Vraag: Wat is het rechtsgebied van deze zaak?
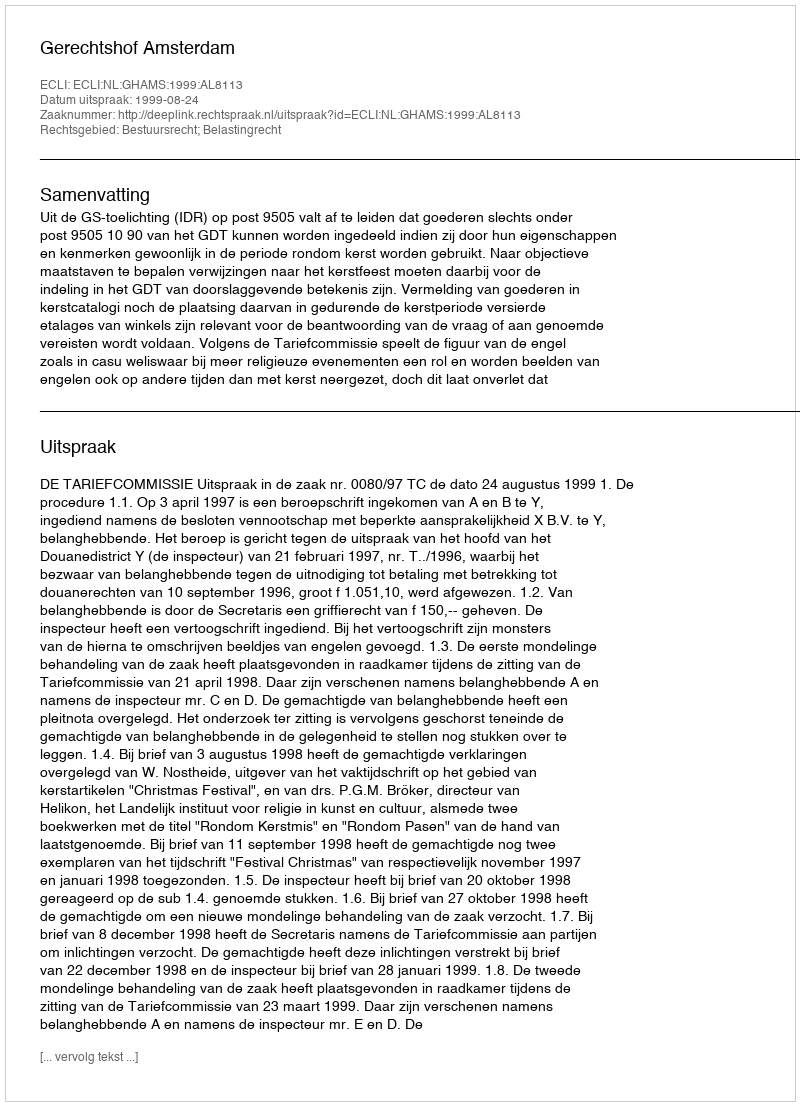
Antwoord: Bestuursrecht; Belastingrecht